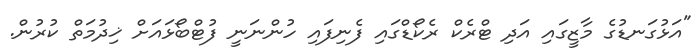
"އަޅުގަނޑުގެ މާޒީގައި އަދި ޓްރެކް ރެކޯޑްގައި ފެނިފައި ހުންނަނީ ފުޓްބޯޅައަށް ޚިދުމަތް ކުރުން.